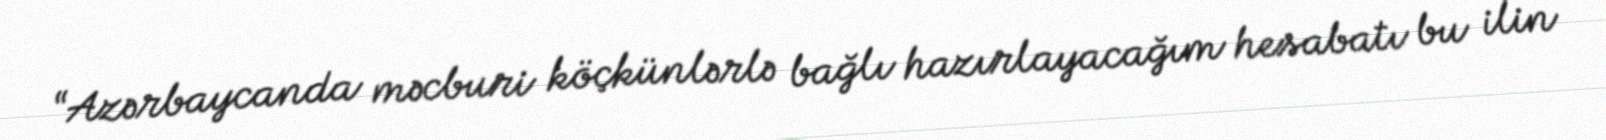
“Azərbaycanda məcburi köçkünlərlə bağlı hazırlayacağım hesabatı bu ilin